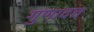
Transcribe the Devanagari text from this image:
गुणादत्त